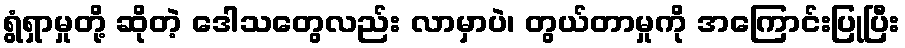
ရွံရှာမှုတို့ ဆိုတဲ့ ဒေါသတွေလည်း လာမှာပဲ၊ တွယ်တာမှုကို အကြောင်းပြုပြီး